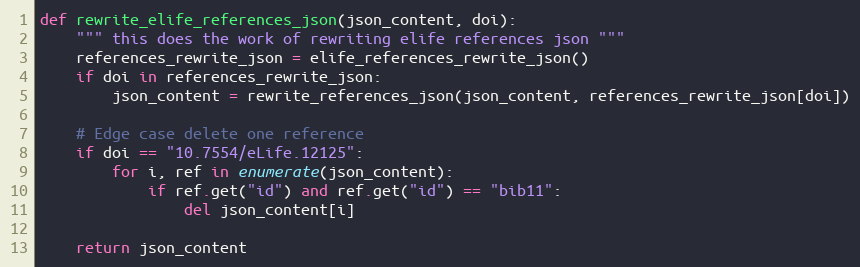
Language: Python
def rewrite_elife_references_json(json_content, doi):
    """ this does the work of rewriting elife references json """
    references_rewrite_json = elife_references_rewrite_json()
    if doi in references_rewrite_json:
        json_content = rewrite_references_json(json_content, references_rewrite_json[doi])

    # Edge case delete one reference
    if doi == "10.7554/eLife.12125":
        for i, ref in enumerate(json_content):
            if ref.get("id") and ref.get("id") == "bib11":
                del json_content[i]

    return json_content